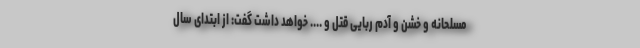
مسلحانه و خشن و آدم ربایی قتل و .... خواهد داشت گفت: از ابتدای سال